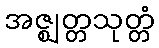
အဇ္ဈတ္တသုတ္တံ